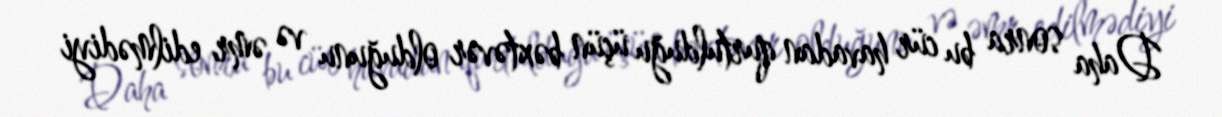
Daha sonra bu cür havadan qurtulduğu üçün bəxtəvər olduğunu və əmr edilmədiyi